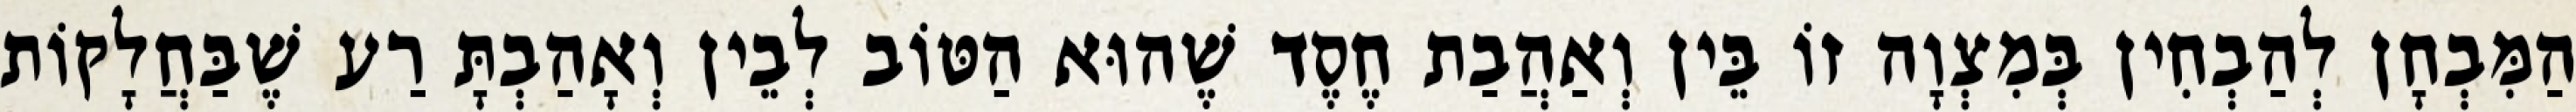
הַמִּבְחָן לְהַבְחִין בְּמִצְוָה זוֹ בֵּין וְאַהֲבַת חֶסֶד שֶׁהוּא הַטּוֹב לְבֵין וְאָהַבְתָּ רַע שֶׁבַּחֲלָקוֹת